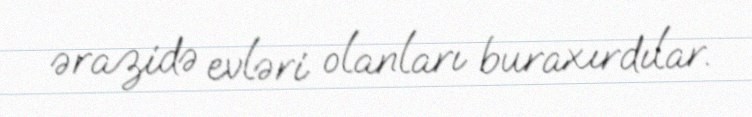
ərazidə evləri olanları buraxırdılar.